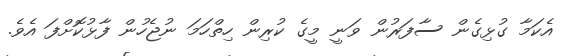
އެކަމާ ގުޅިގެން ސާފަރުން ވަނީ މީގެ ކުރިން ހިތްހަމަ ނުޖެހުން ފާޅުކޮށްފަ އެވެ.